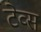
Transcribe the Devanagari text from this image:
टेव्स